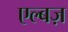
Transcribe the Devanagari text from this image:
एल्बज़